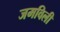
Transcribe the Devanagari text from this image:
जमविली